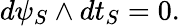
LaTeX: d\psi_{S}\wedge dt_{S}=0.